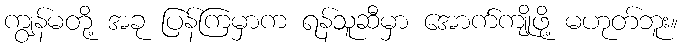
ကျွန်မတို့ အခု ပြန်ကြမှာက ရန်သူဆီမှာ အောက်ကျိုဖို့ မဟုတ်ဘူး။